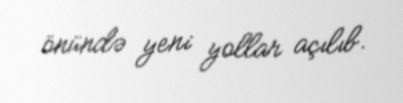
önündə yeni yollar açılıb.